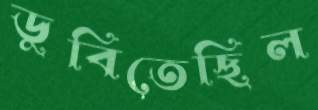
ডুবিতেছিল